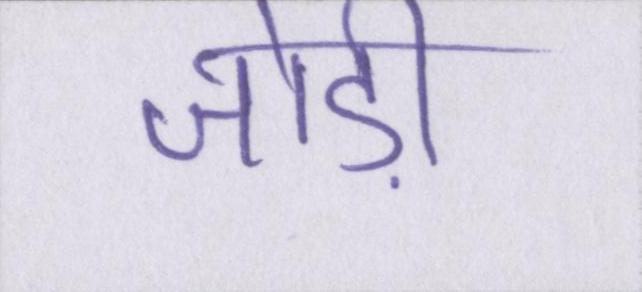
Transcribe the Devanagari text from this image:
जोड़ी